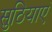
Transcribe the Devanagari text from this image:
सुठियाएं